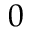
0